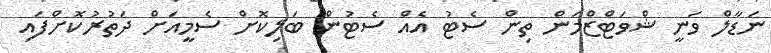
ނަޑާލް ވަނީ ޝްވަޓްޒްމަން ތިން ސެޓު އެއް ސެޓުން ބަލިކޮށް ސެމީއަށް ދަތުރުކޮށްފައި